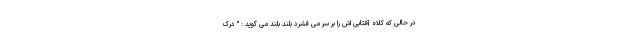
در حالی که کلاه آفتابی اش را بر سر می فشرد بلند بلند می گوید : " درک